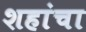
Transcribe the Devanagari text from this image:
शहांचा